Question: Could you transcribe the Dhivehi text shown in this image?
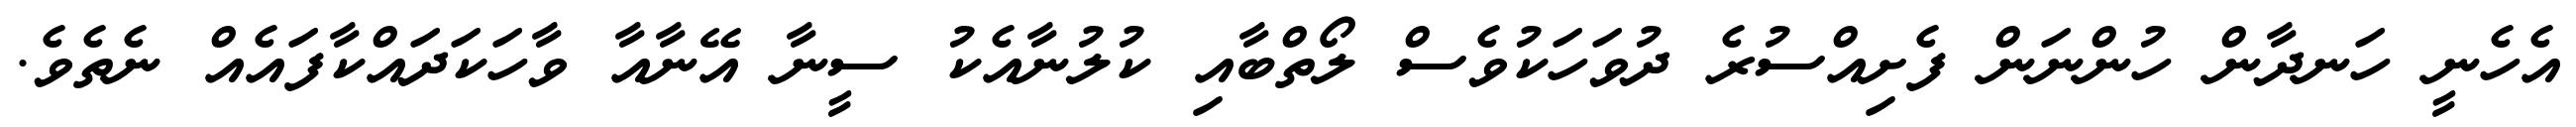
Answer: އެހެނީ ހަނދާން ހުންނަން ފެށިއްސުރެ ދުވަހަކުވެސް ލޯތްބާއި ކުލުނާއެކު ސީނާ އޭނާއާ ވާހަކަދައްކާފައެއް ނެތެވެ.